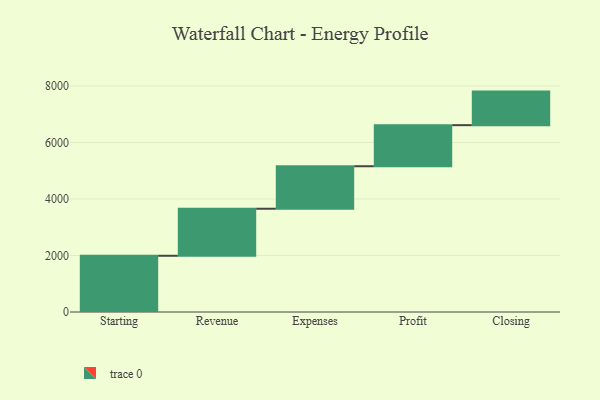
{"axis": {"x": "Step", "y": "Value"}, "legend": [""], "data": [{"x": "Starting", "y": 1990.0, "type": ""}, {"x": "Revenue", "y": 1665.0, "type": ""}, {"x": "Expenses", "y": 1504.0, "type": ""}, {"x": "Profit", "y": 1454.0, "type": ""}, {"x": "Closing", "y": 1188.0, "type": ""}]}